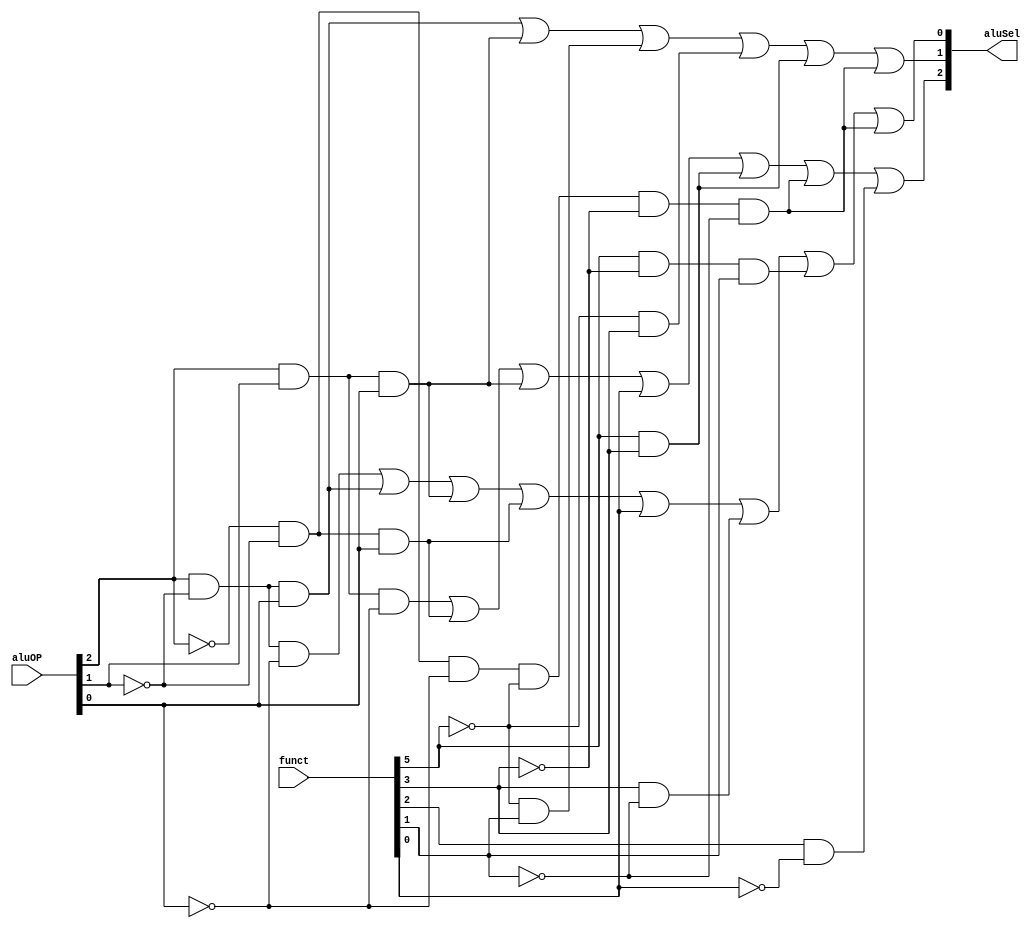
	//Select Inputs:								aluSel
	//INSTRUCTION 	F5 F4 F3 F2 F1 F0		C2 C1 C0
	//-----------	------------------	--------
	//ADD				100000					000#210
	//SUBSTRACT		100010					001#210
	//SRL				000010					010#210
	//JR				001000					011#210
	//AND				100100					100#210
	//OR				100101					101#210
	//SLT				101010					110#210
	//SLL				000000					111#210
	
	//opcode				- aluOP	    	aluSel
	//000000 - rType	- 000
	//001101	- ori		- 001 -> OR		(101)
	//001000 - addi	- 010 -> ADD	(000)
	//100011 - lw		- 010 -> ADD 	(000)
	//101011 - sw		- 010 -> ADD 	(000)
	//010000 - li		- 011 -> ADD? 	(000)
	//000100 - beq		- 100 -> SUB 	(001)
	//000101 - bne		- 100 -> SUB 	(001)
	//000010 - j		- 101 -> JR 	(011)
	//000011 - jal		- 101 -> JR 	(011)
	//001100 - andi	- 110 -> AND 	(100)
	//001010	- slti	- 111 -> SLT 	(111)


module alu_control(
	input [5:0] funct,
	input [2:0] aluOP,
	output [2:0] aluSel);
	
	assign aluSel[2] = (aluOP[2] & aluOP[1] & ~aluOP[0])
								|(~aluOP[2] & ~aluOP[1] & aluOP[0])
								|(aluOP[2] & aluOP[1] & aluOP[0])
								| (funct[0])
								| (funct[5] & funct[3])
								| (~aluOP[2] & ~aluOP[1] & ~aluOP[0] & ~funct[5] & ~funct[3] & ~funct[1])
								| (funct[2] & ~funct[0]);
	
	assign aluSel[1] =	(aluOP[2] & ~aluOP[1] & aluOP[0])
								|(aluOP[2] & aluOP[1] & aluOP[0])
								| (~funct[5] & funct[1])
								| (~funct[5] & funct[3])
								| (funct[5] & funct[3])
								| (~aluOP[2] & ~aluOP[1] & ~aluOP[0] & ~funct[5] & ~funct[3] & ~funct[1]);
	
	assign aluSel[0] =	(aluOP[2] & ~aluOP[1] & ~aluOP[0])
								|(aluOP[2] & ~aluOP[1] & aluOP[0])
								|(aluOP[2] & aluOP[1] & aluOP[0])
								|(~aluOP[2] & ~aluOP[1] & aluOP[0])
								| (funct[0])
								| (funct[3] & ~funct[1])
								| (funct[5] & ~funct[3] & funct[1])
								| (~aluOP[2] & ~aluOP[1] & ~aluOP[0] & ~funct[5] & ~funct[3] & ~funct[1]);
	

endmodule